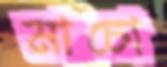
মাচো